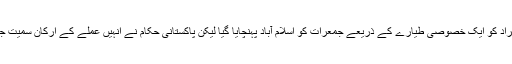
یورپی حکام کے مطابق 50 افراد کو ایک خصوصی طیارے کے ذریعے جمعرات کو اسلام آباد پہنچایا گیا لیکن پاکستانی حکام نے انہیں عملے کے ارکان سمیت جہاز سے اترنے سے روک دیا۔